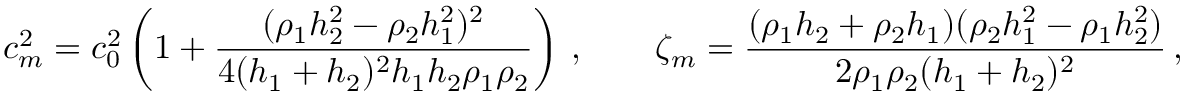
c _ { m } ^ { 2 } = c _ { 0 } ^ { 2 } \left( 1 + { \frac { ( \rho _ { 1 } h _ { 2 } ^ { 2 } - \rho _ { 2 } h _ { 1 } ^ { 2 } ) ^ { 2 } } { 4 ( h _ { 1 } + h _ { 2 } ) ^ { 2 } h _ { 1 } h _ { 2 } \rho _ { 1 } \rho _ { 2 } } } \right) \, , \qquad \zeta _ { m } = { \frac { ( \rho _ { 1 } h _ { 2 } + \rho _ { 2 } h _ { 1 } ) ( \rho _ { 2 } h _ { 1 } ^ { 2 } - \rho _ { 1 } h _ { 2 } ^ { 2 } ) } { 2 \rho _ { 1 } \rho _ { 2 } ( h _ { 1 } + h _ { 2 } ) ^ { 2 } } } \, ,